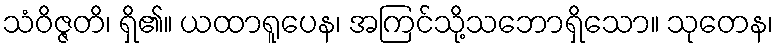
သံဝိဇ္ဇတိ၊ ရှိ၏။ ယထာရူပေန၊ အကြင်သို့သဘောရှိသော။ သုတေန၊